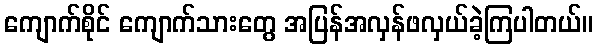
ကျောက်စိုင် ကျောက်သားတွေ အပြန်အလှန်ဖလှယ်ခဲ့ကြပါတယ်။